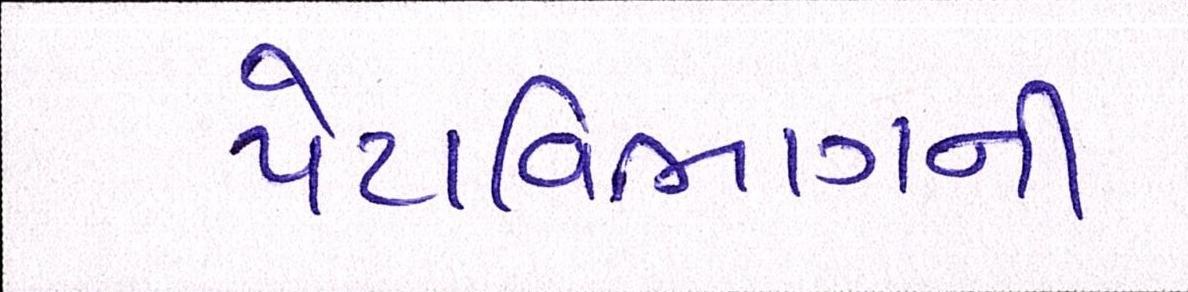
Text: પેટાવિભાગની